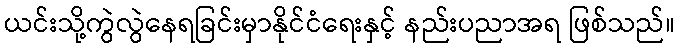
ယင်းသို့ကွဲလွဲနေရခြင်းမှာနိုင်ငံရေးနှင့် နည်းပညာအရ ဖြစ်သည်။